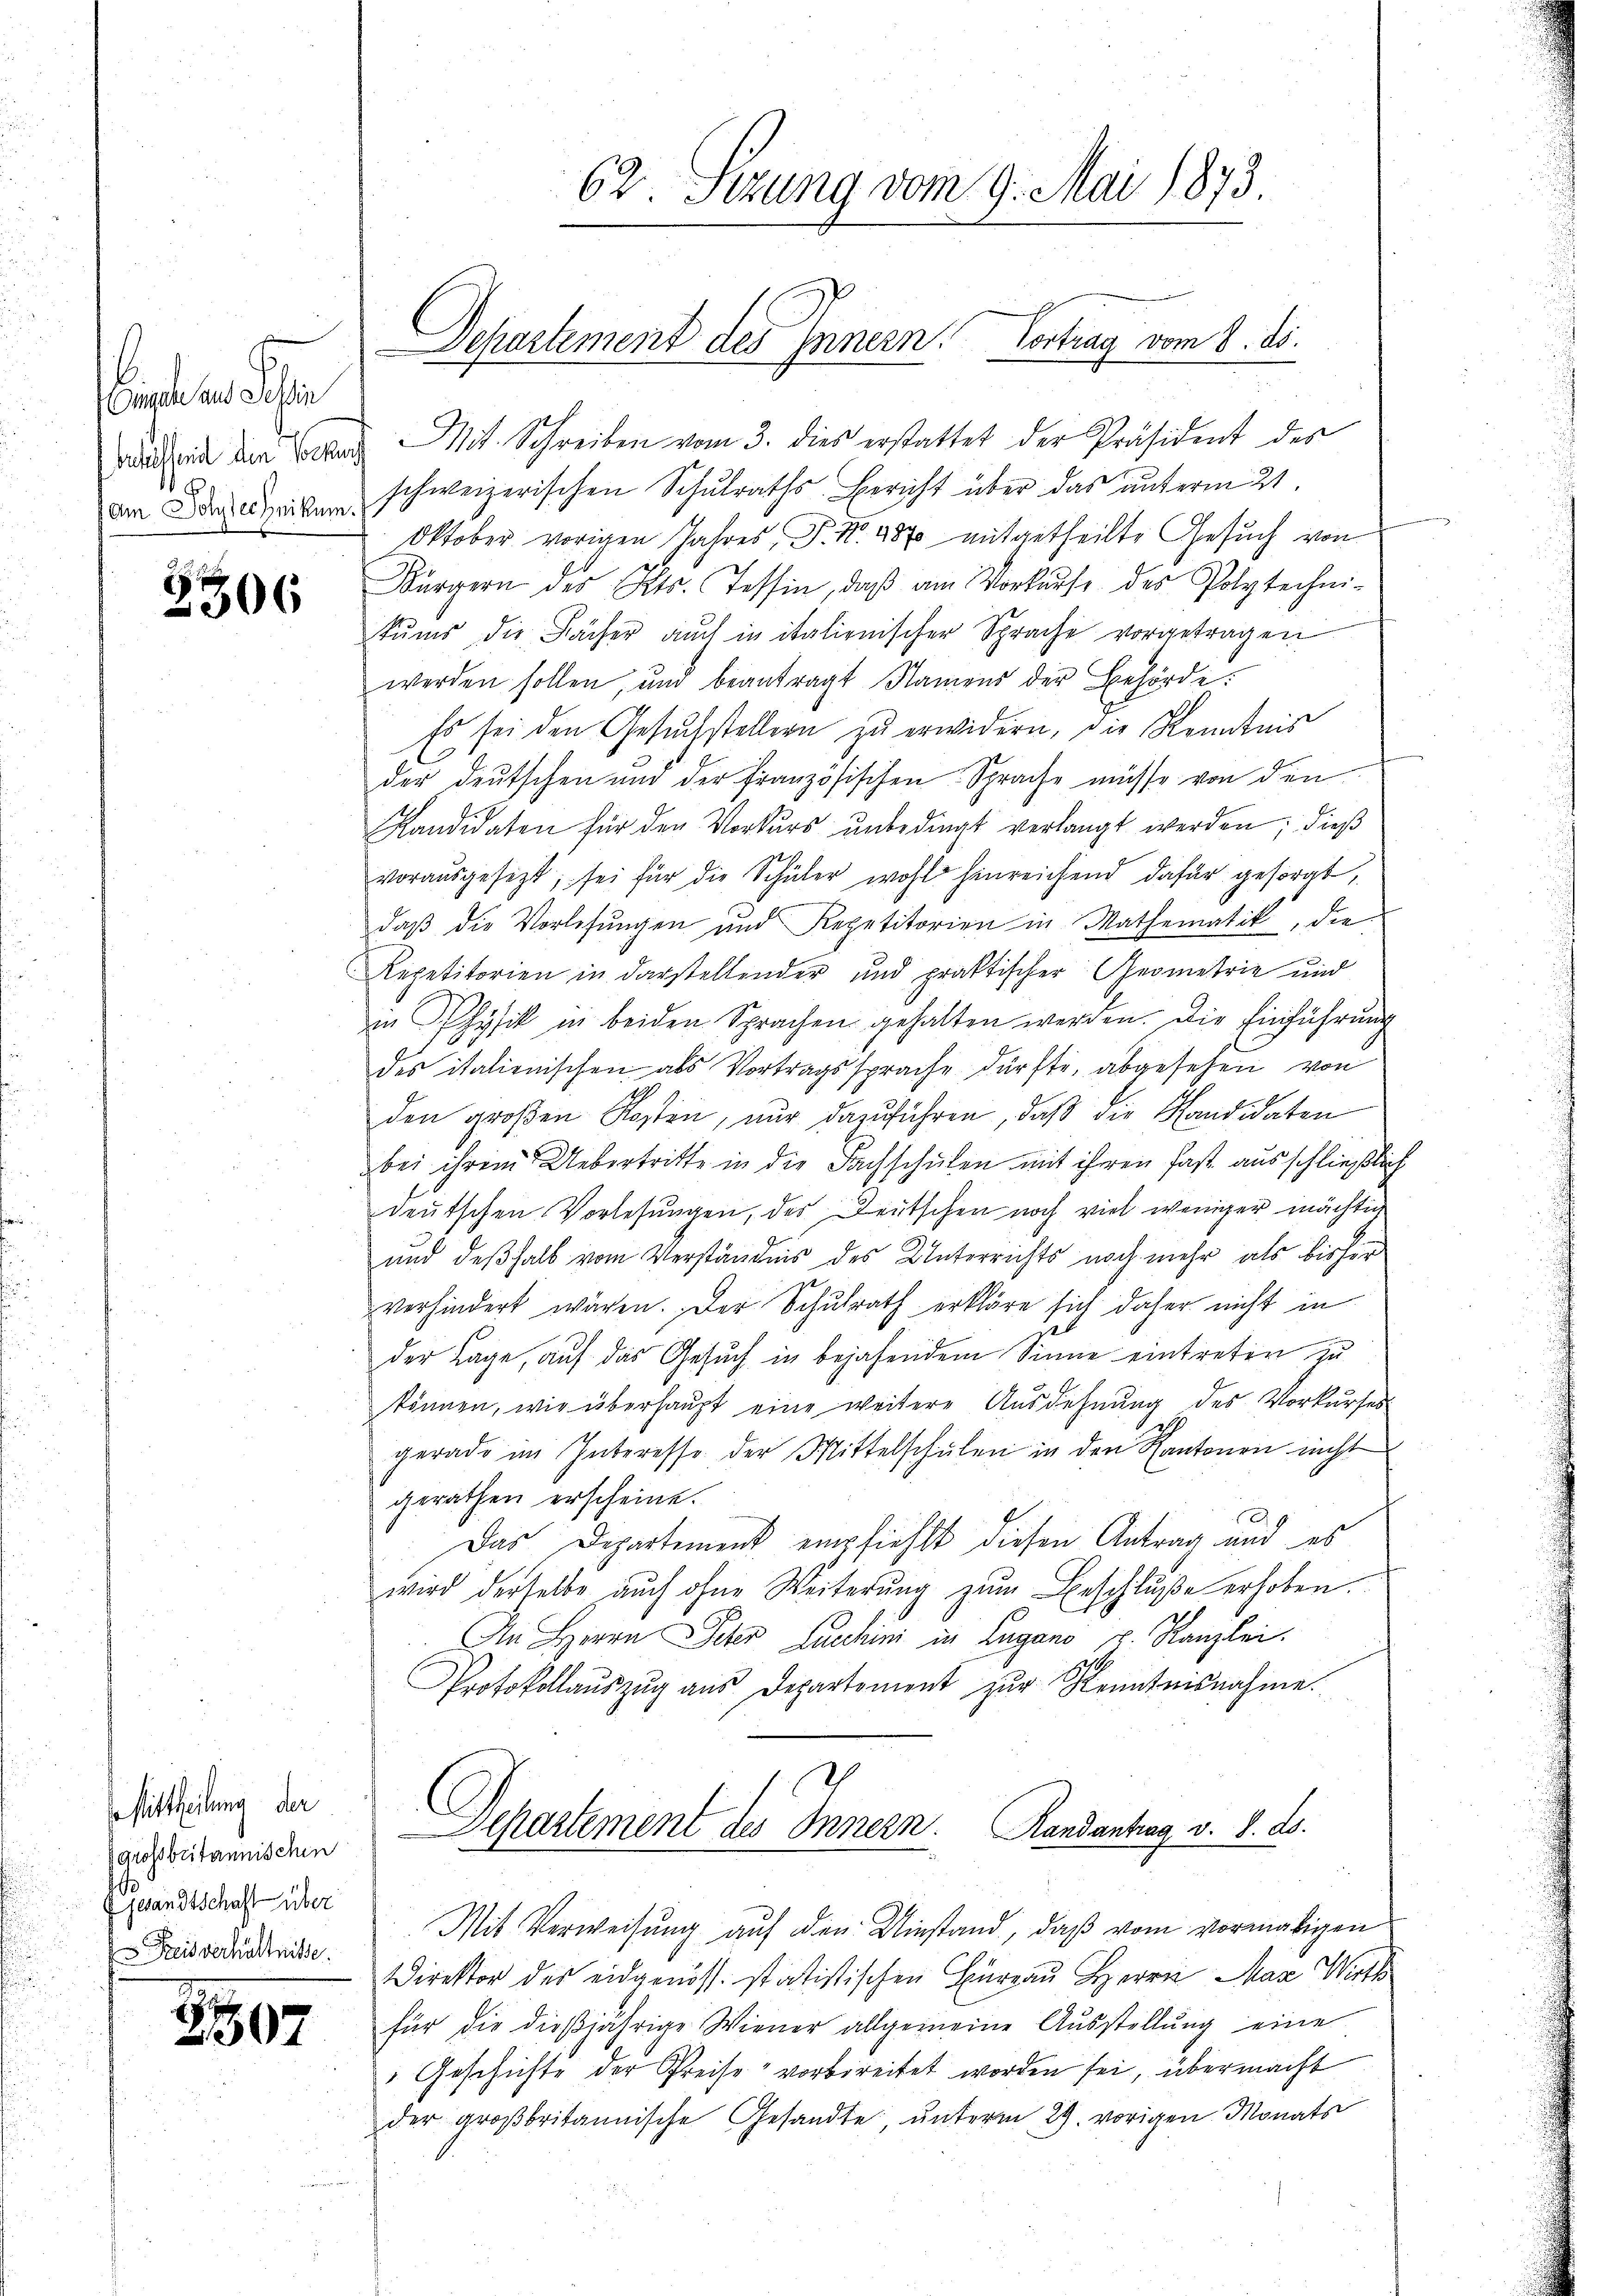
Aigle aus Sehen
Baselseit den Vorke
am Polytechnikum.

2306

Mittheilung der
grossbritannischen
gesandtschaft über
Preisverhältnisse.

207

62. Stzung vom 9. Mai 1873.

Mit. Schreiben vom 3. dies erstattet der Präsident des
schweizerischen Schulraths-Bericht über das unterm 21.
Oktober vorigen Jahres, P. Nr. 487 mitgetheilte Gesuch von
Bürgern des Kts. Tessin, daβ am Vorkurse des Polytechni-
kŭms die Fächer auch in italienischer Sprache vorgetragen
werden sollen, und beantragt Namens der Behörde:
Es sei den Gesuchstellern zu erwidern, die Kenntnis
f
der deutschen und der Französischen Sprache müsse von den
Kandidaten für den Vorkurs unbedingt verlangt werden. Dieß
vorausgesetzt, sei für die Schüler wohl hinreichend dafür gesorgt,
daß die Vorlesungen und Repetitorien in Mathematik, die
Repetitorien in darstellender und praktischer Geometrie und
in Physik in beiden Sprachen gehalten werden. Die Einführŭng
des italienischen als Vortragssprache dürfte, abgesehen von
den großen Kosten, nur dazuführen, daß die Kandidaten
bei ihrem Uebertritte in die Fachschulen mit ihren fast ausschließlich
deutschen Vorlesungen, des Deutschen noch viel weniger mächtig
und deßhalb vom Verständnis des Unterrichts noch mehr als bisher
verhindert wären. Der Schulrath erkläre sich daher nicht in
.
der Lage, auf das Gesŭch in bejahendem Sinne eintreten zu
können, wie überhaupt eine weitere Ausdehnung des Vorkurses
gerade im Interesse der Mittelschŭlen in den Kantonen nicht
gerathen erscheine.
Das Departement empfiehlt diesen Antrag und es
wird derselbe auch ohne Weiterŭng zŭm Beschlŭβe erhoben.
An Herrn Peter Lachini in Lugano u. Kanzlei.
Protokollaŭszŭg aŭs Departement zŭr Kenntnisnahme.
Departement des Innern. Handantrag v. 8. d.

Departement des Innern. Vortrag vom 8. ds.

Mit Verweisung auf den Umstand, daß vom vormaligen
Direktor des eidgenöss. statistischen Eureau Herrn Max Wirt
für die dieβjährige Wiener allgemeine Aŭsstellŭng eine
"Geschichte der Preise vorbireitet worden sei, übermacht
der großbritannische Gesandte unterm 29. vorigen Monats